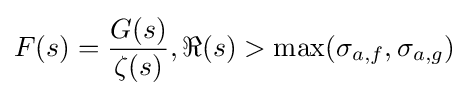
F(s)={\frac {G(s)}{\zeta (s)}},\Re (s)>\max(\sigma _{a,f},\sigma _{a,g})